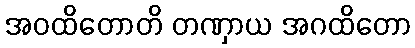
အဝထိတောတိ တဏှာယ အဂထိတော